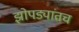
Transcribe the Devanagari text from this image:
झोपड्यांतच